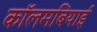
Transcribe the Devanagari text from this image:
कॉलमबियाई